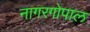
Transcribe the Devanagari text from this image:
नागरगोपाल